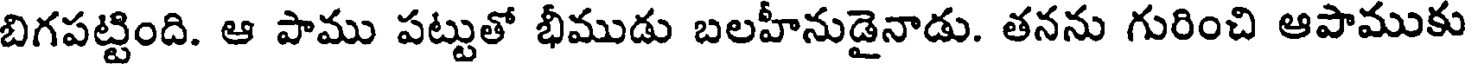
బిగపట్టింది. ఆ పాము పట్టుతో భీముడు బలహీనుడైనాడు. తనను గురించి ఆపాముకు